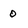
Character: 0